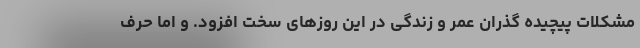
مشکلات پیچیده گذران عمر و زندگی در این روزهای سخت افزود. و اما حرف